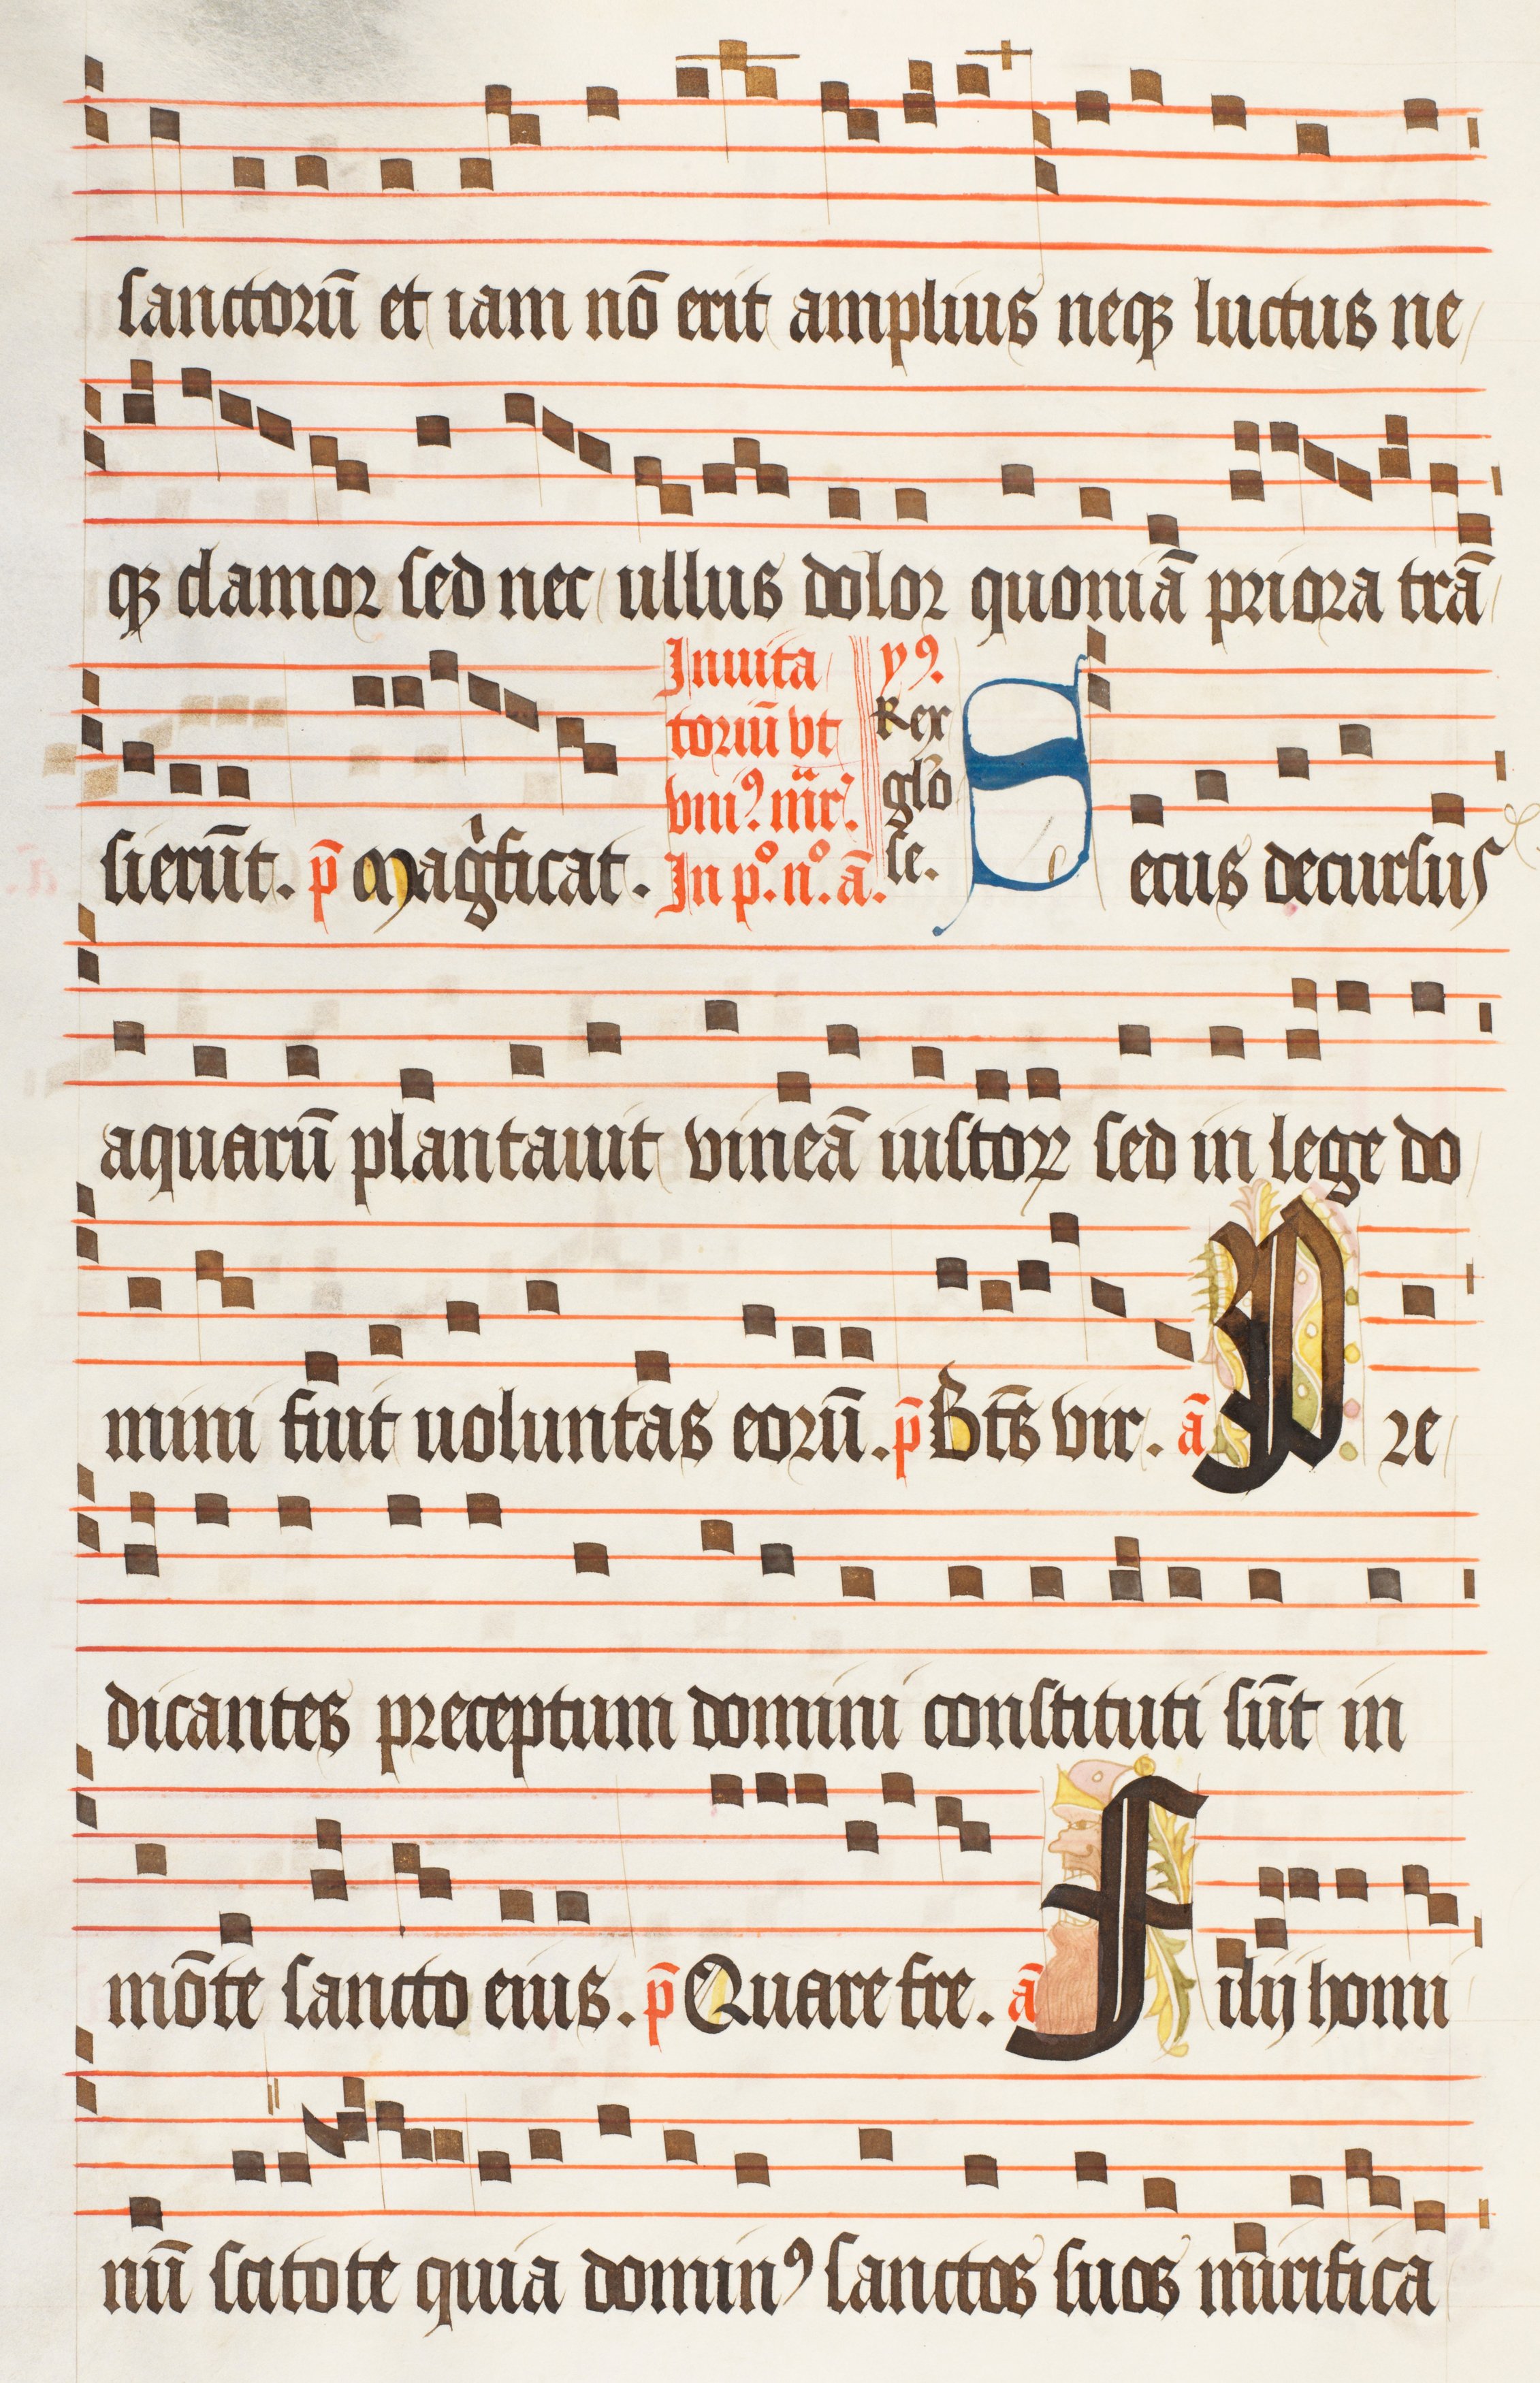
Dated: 1474–1505